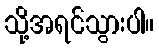
သို့အရင်သွားပါ။